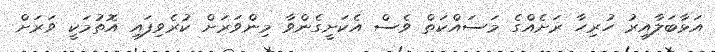
އަޅާބަލާއިރު ހުރިހާ ރަށެއްގެ މަސައްކަތް ވެސް އެކަށީގެންވާ މިންވަރަށް ކުރެވިފައި އޮތުމަކީ ވަރަށް